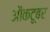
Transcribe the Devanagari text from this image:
औकटूबर